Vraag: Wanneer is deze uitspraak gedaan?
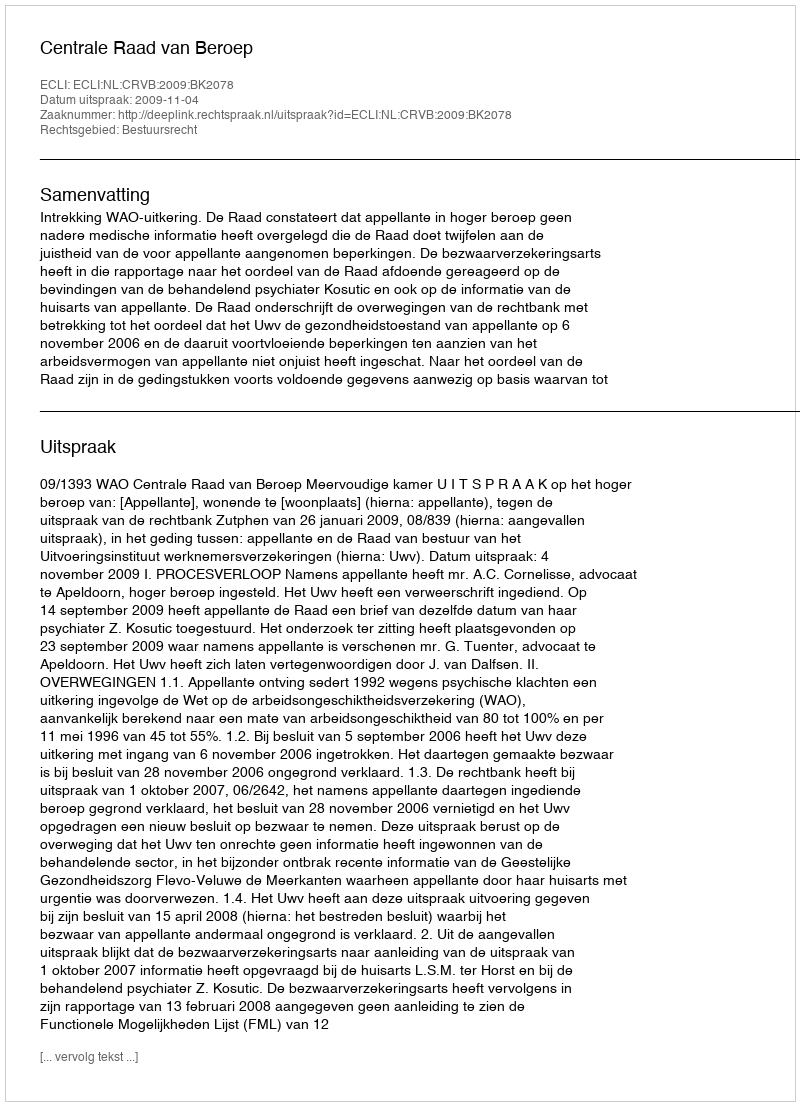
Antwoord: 2009-11-04